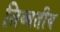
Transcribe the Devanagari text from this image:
तिब्बतीय